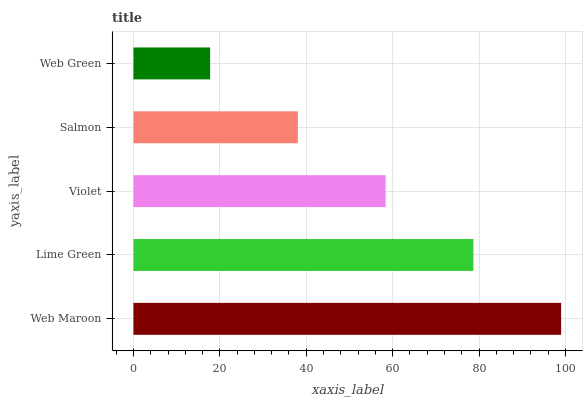
| yaxis_label | bars |
 | --- | --- |
 | Web Maroon | 99 |
 | Lime Green | 78.7 |
 | Violet | 58.4 |
 | Salmon | 38.1 |
 | Web Green | 17.7 |